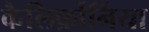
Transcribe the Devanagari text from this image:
कैलिर्फ़ोर्निया